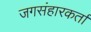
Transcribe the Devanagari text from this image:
जगसंहारकर्ता